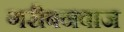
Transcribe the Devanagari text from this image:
गरीबनवाज